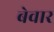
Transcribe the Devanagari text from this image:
बेवार